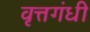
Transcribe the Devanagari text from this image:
वृत्तगंधी